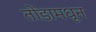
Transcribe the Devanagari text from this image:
तोंडामधून